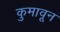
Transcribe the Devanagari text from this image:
कुमावून